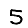
Digit: 5